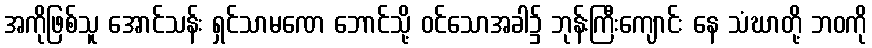
အကိုဖြစ်သူ အောင်သန်း ရှင်သာမဏေ ဘောင်သို့ ဝင်သောအခါ၌ ဘုန်းကြီးကျောင်း နေ သံဃာတို့ ဘဝကို